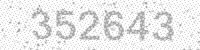
Solution: 352643